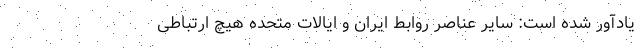
یادآور شده است: سایر عناصر روابط ایران و ایالات متحده هیچ ارتباطی